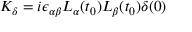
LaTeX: { \cal K } _ { \delta } = i \epsilon _ { \alpha \beta } L _ { \alpha } ( t _ { 0 } ) L _ { \beta } ( t _ { 0 } ) \delta ( 0 )